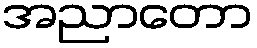
အညာတော